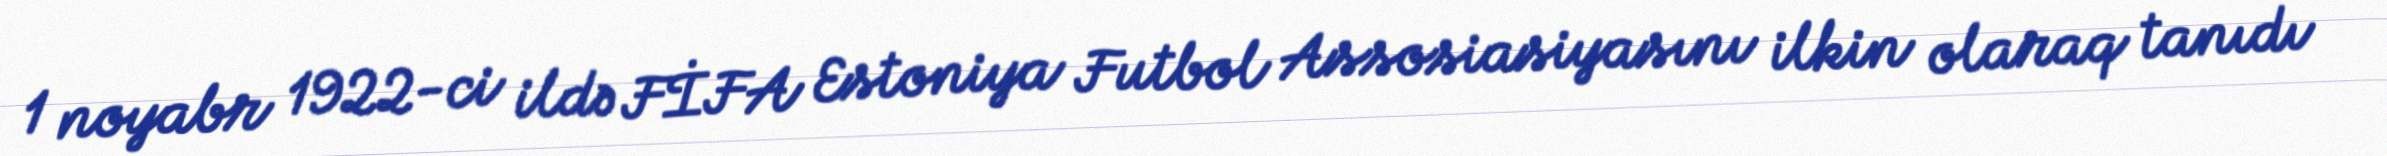
1 noyabr 1922-ci ildə FİFA Estoniya Futbol Assosiasiyasını ilkin olaraq tanıdı